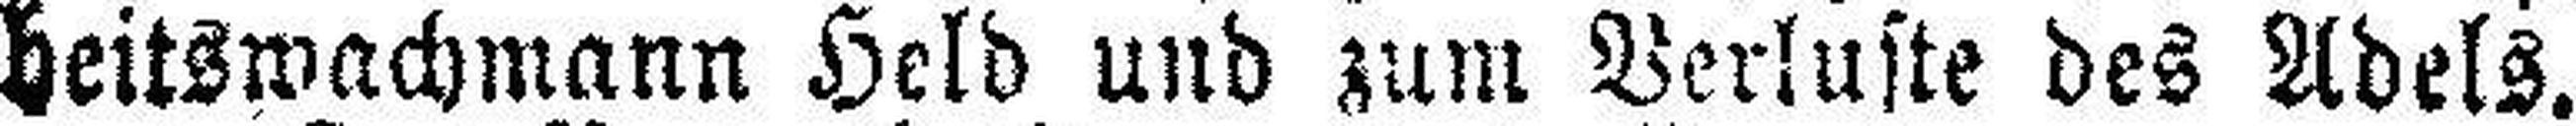
heitswachmann Held und zum Verluste des Adels.